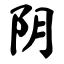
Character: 阴